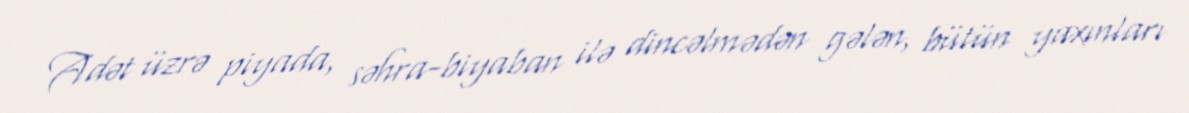
Adət üzrə piyada, səhra-biyaban ilə dincəlmədən gələn, bütün yaxınları